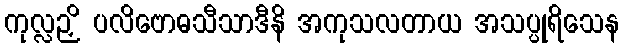
ကုလ္လဉှိ ပလိဗောဓသီသာဒီနိ အကုသလတာယ အသပ္ပုရိသေန